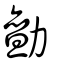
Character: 勯